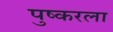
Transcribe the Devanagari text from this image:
पुष्करला